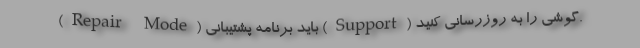
(Repair Mode) باید برنامه پشتیبانی (Support) گوشی را به روزرسانی کنید.